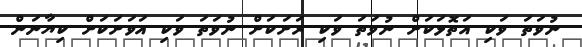
ނުވަތަ ވަކި އަތޮޅަކަށް ނުވަތަ ވަކި ރަށަކަށް ނުވަތަ ވަކި އަވަށަކަށް ކިޔާނަން